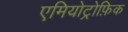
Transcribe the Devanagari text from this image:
एमियोट्रोफ़िक